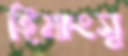
হিমাংসু